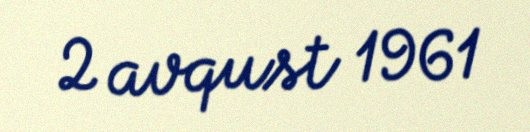
2 avqust 1961